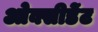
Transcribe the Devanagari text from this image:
ओक्सीडेंट